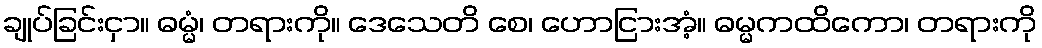
ချုပ်ခြင်းငှာ။ ဓမ္မံ၊ တရားကို။ ဒေသေတိ စေ၊ ဟောငြားအံ့။ ဓမ္မကထိကော၊ တရားကို